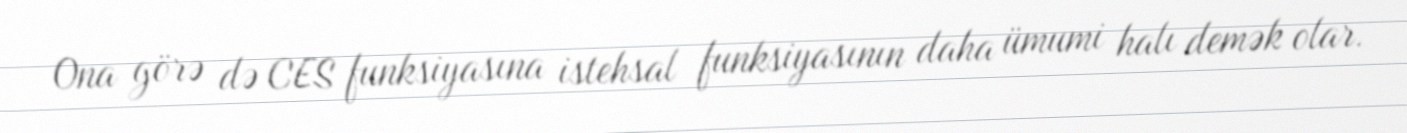
Ona görə də CES funksiyasına istehsal funksiyasının daha ümumi halı demək olar.